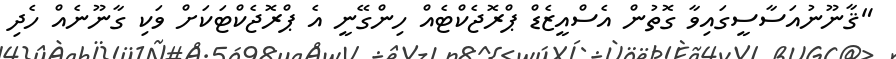
"ޤާނޫނުއަސާސީގައިވާ ގޮތުން އެސްއީޒެޑް ޕްރޮޖެކްޓެއް ހިންގޭނީ އެ ޕްރޮޖެކްޓަކަށް ވަކި ގާނޫނެއް ހެދި